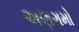
અણગમો